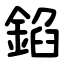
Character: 錎